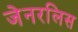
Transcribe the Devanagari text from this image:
जेनरलिस